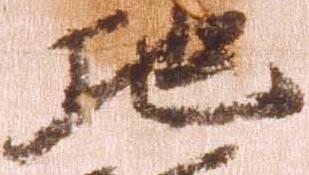
地